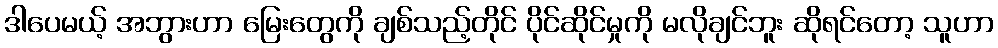
ဒါပေမယ့် အဘွားဟာ မြေးတွေကို ချစ်သည့်တိုင် ပိုင်ဆိုင်မှုကို မလိုချင်ဘူး ဆိုရင်တော့ သူဟာ